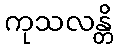
ကုသလန္တိ